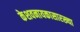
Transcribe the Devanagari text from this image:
केशवनायकासारख्या